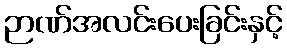
ဉာဏ်အလင်းပေးခြင်းနှင့်